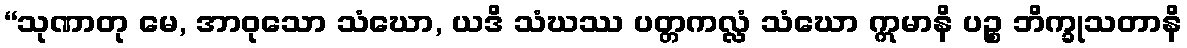
“သုဏာတု မေ, အာဝုသော သံဃော, ယဒိ သံဃဿ ပတ္တကလ္လံ သံဃော ဣမာနိ ပဉ္စ ဘိက္ခုသတာနိ